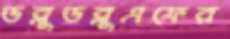
ডব্লুডব্লুএফের